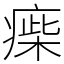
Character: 㾹